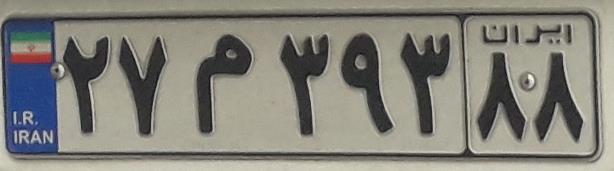
۲۷م۳۹۳۸۸